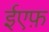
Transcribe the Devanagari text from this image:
ईएफ़